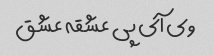
وی آی پی عشقه عشق